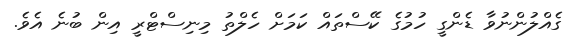
ގެއްލުންނުވާ ޑެންގީ ހުމުގެ ކޭސްތައް ކަމަށް ހެލްތު މިނިސްޓްރީ އިން ބުނެ އެވެ.